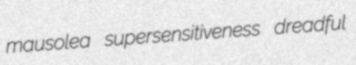
mausolea supersensitiveness dreadful